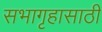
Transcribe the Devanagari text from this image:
सभागृहासाठी